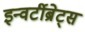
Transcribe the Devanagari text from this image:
इन्वर्टीब्रेट्स